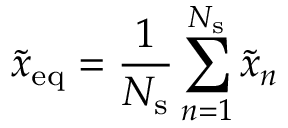
\tilde { x } _ { \mathrm { e q } } = \frac { 1 } { N _ { \mathrm { s } } } \sum _ { n = 1 } ^ { N _ { \mathrm { s } } } \tilde { x } _ { n }